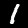
Digit: 1